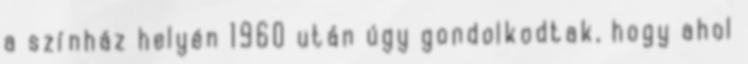
a színház helyén 1960 után úgy gondolkodtak, hogy ahol